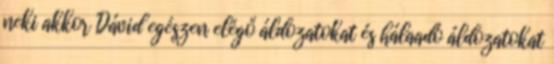
neki akkor Dávid egészen elégő áldozatokat és hálaadó áldozatokat